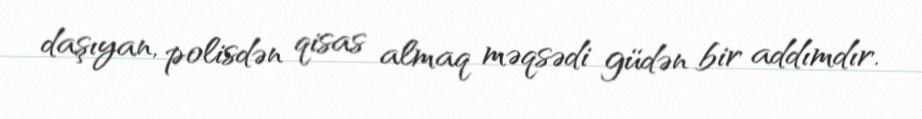
daşıyan, polisdən qisas almaq məqsədi güdən bir addımdır.